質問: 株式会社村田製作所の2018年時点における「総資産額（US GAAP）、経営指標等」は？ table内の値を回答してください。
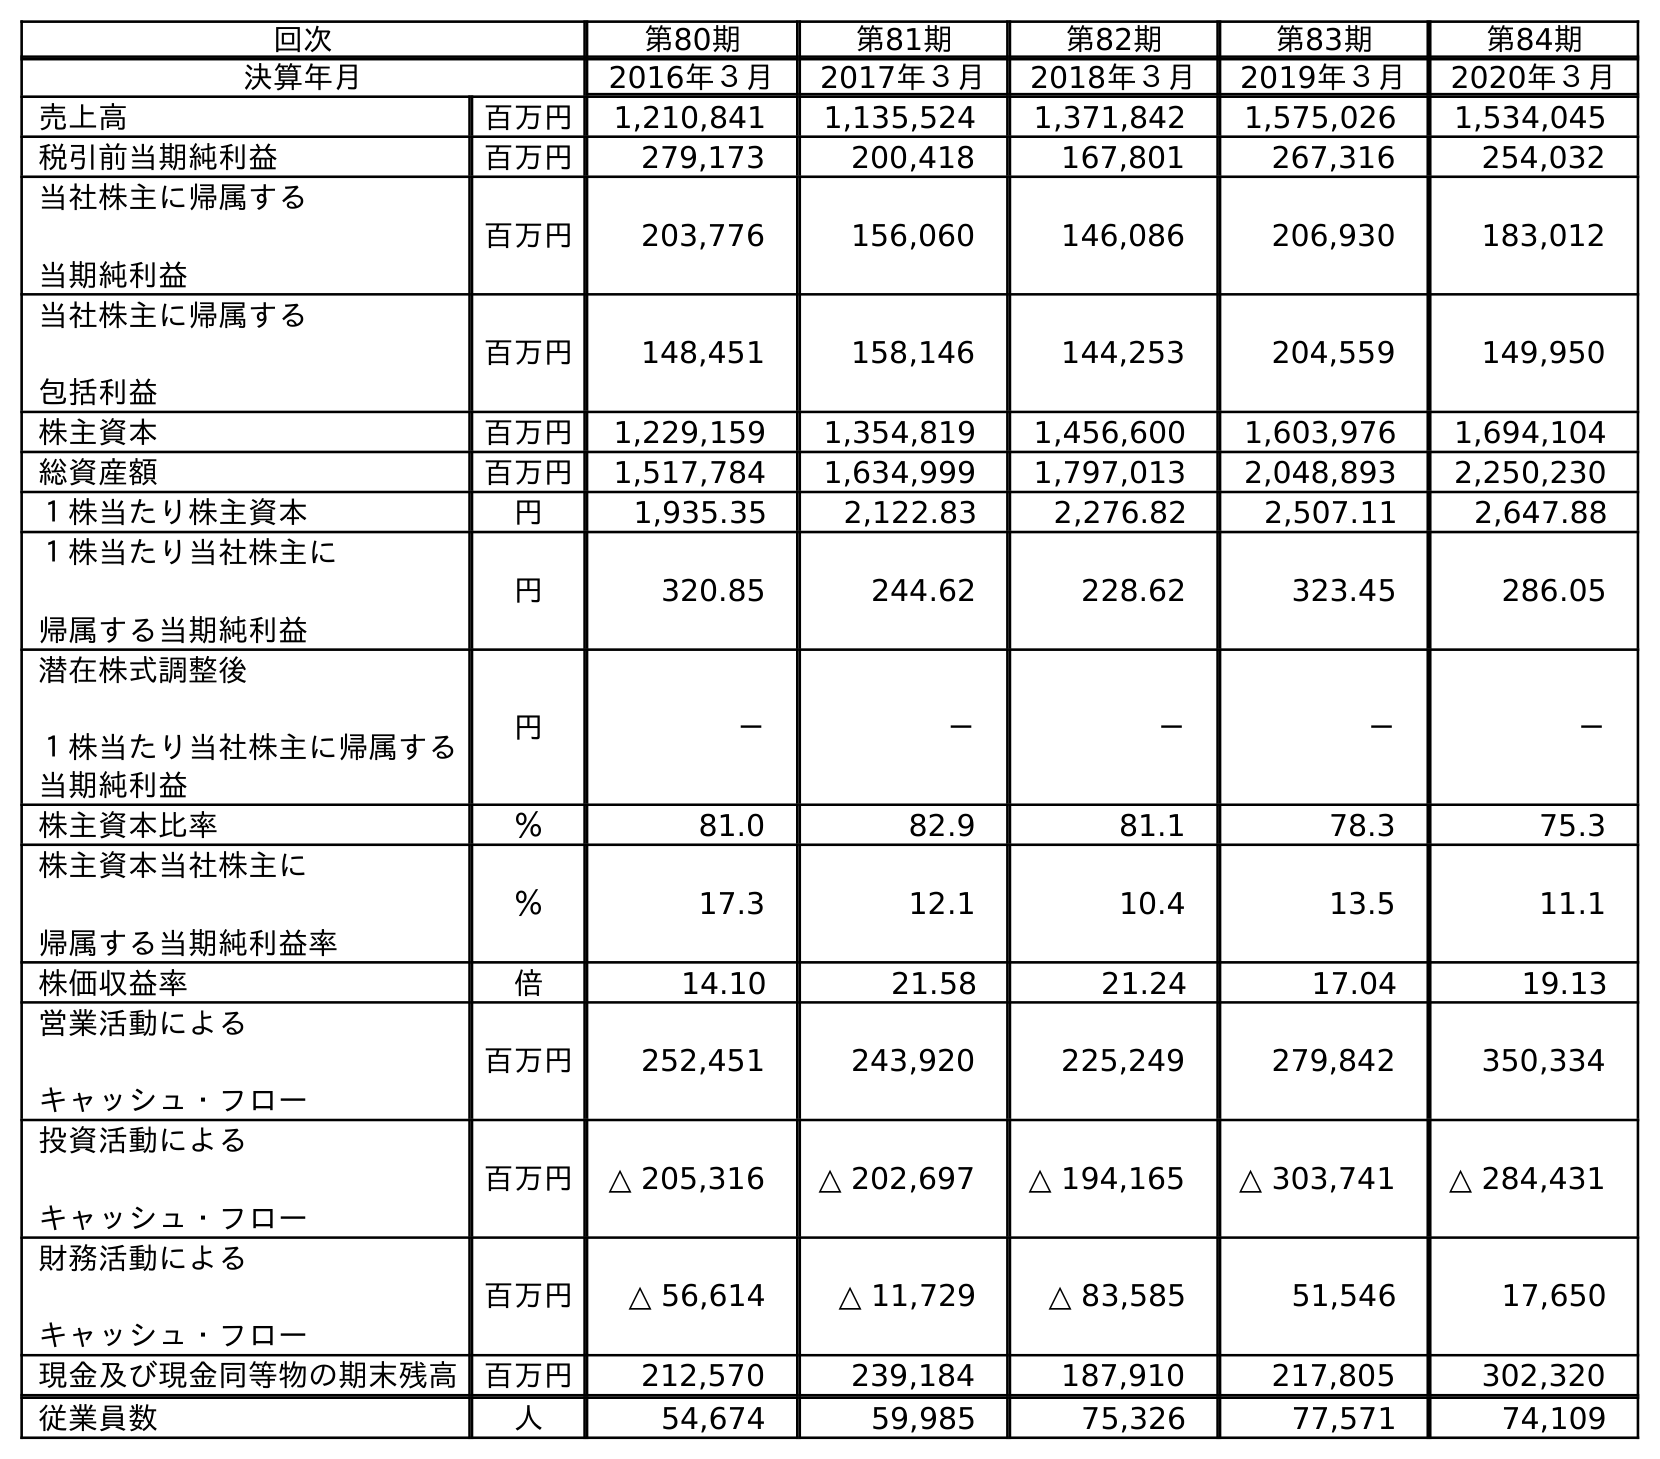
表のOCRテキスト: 回次 第80期 第81期 第82期 第83期 第84期 決算年月 2016年３月 2017年３月 2018年３月 2019年３月 2020年３月 売上高 百万円 1,210,841 1,135,524 1,371,842 1,575,026 1,534,045 税引前当期純利益 百万円 279,173 200,418 167,801 267,316 254,032 当社株主に帰属する 当期純利益 百万円 203,776 156,060 146,086 206,930 183,012 当社株主に帰属する 包括利益 百万円 148,451 158,146 144,253 204,559 149,950 株主資本 百万円 1,229,159 1,354,819 1,456,600 1,603,976 1,694,104 総資産額 百万円 1,517,784 1,634,999 1,797,013 2,048,893 2,250,230 １株当たり株主資本 円 1,935.35 2,122.83 2,276.82 2,507.11 2,647.88 １株当たり当社株主に 帰属する当期純利益 円 320.85 244.62 228.62 323.45 286.05 潜在株式調整後 １株当たり当社株主に帰属する 当期純利益 円 － － － － － 株主資本比率 ％ 81.0 82.9 81.1 78.3 75.3 株主資本当社株主に 帰属する当期純利益率 ％ 17.3 12.1 10.4 13.5 11.1 株価収益率 倍 14.10 21.58 21.24 17.04 19.13 営業活動による キャッシュ・フロー 百万円 252,451 243,920 225,249 279,842 350,334 投資活動による キャッシュ・フロー 百万円 △ 205,316 △ 202,697 △ 194,165 △ 303,741 △ 284,431 財務活動による キャッシュ・フロー 百万円 △ 56,614 △ 11,729 △ 83,585 51,546 17,650 現金及び現金同等物の期末残高 百万円 212,570 239,184 187,910 217,805 302,320 従業員数 人 54,674 59,985 75,326 77,571 74,109
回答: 1,797,013